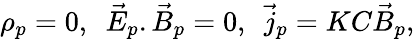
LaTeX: \rho_{p}=0,\ \ \vec{E}_{p}.\vec{B}_{p}=0,\ \ \vec{j}_{p}=KC\vec{B}_{p},